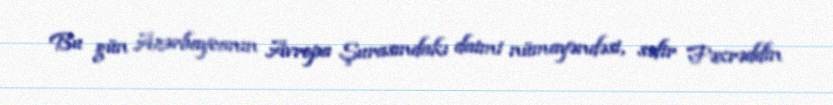
Bu gün Azərbaycanın Avropa Şurasındakı daimi nümayəndəsi, səfir Fəxrəddin